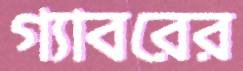
গ্যাবরের